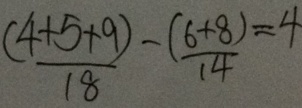
\frac { ( 4 + 5 + 9 ) } { 1 8 } - \frac { ( 6 + 8 ) } { 1 4 } = 4